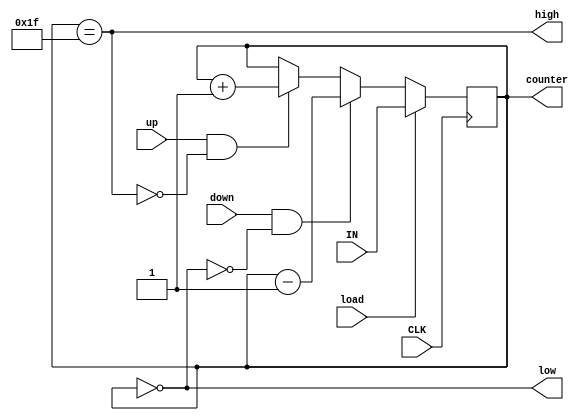
module Up_Dn_Counter (
input wire [4:0] IN,
input wire load, up,down,CLK,
output wire high,low,
output reg [4:0] counter
);

always@(posedge CLK)
begin
  if(load)
    begin
      counter<=IN;
    end
    
  else if(down&&!low)
    begin
      counter<=counter-5'b00001;
    end
    
  else if(up&&!high)
    begin
      counter<=counter+5'b00001;
    end
  end
  
  assign high=(counter==5'b11111);
  assign low=(counter==5'b00000);
  
endmodule